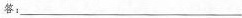
答：___